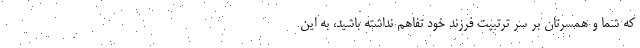
که شما و همسرتان بر سر ترتبیت فرزند خود تفاهم نداشته باشید، به این